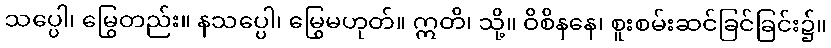
သပ္ပေါ၊ မြွေတည်း။ နသပ္ပေါ၊ မြွေမဟုတ်။ ဣတိ၊ သို့။ ဝိစိနနေ၊ စူးစမ်းဆင်ခြင်ခြင်း၌။